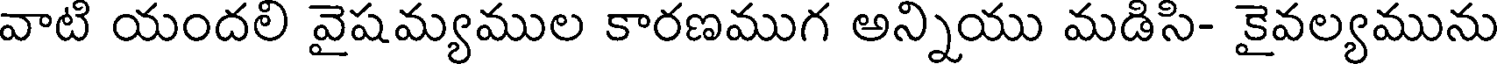
వాటి యందలి వైషమ్యముల కారణముగ అన్నియు మడిసి- కైవల్యమును